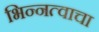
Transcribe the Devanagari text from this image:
भिन्नत्वाचा